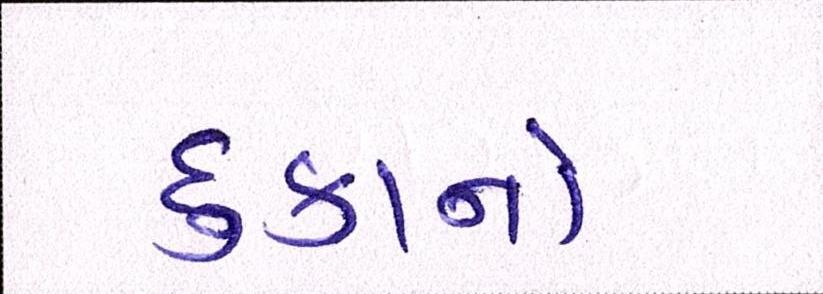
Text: દુકાનો